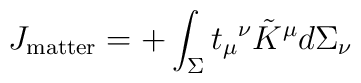
J_{\rm matter} = + \int_\Sigma t_\mu{}^\nu \tilde K^\mu d\Sigma_\nu